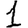
Digit: 1